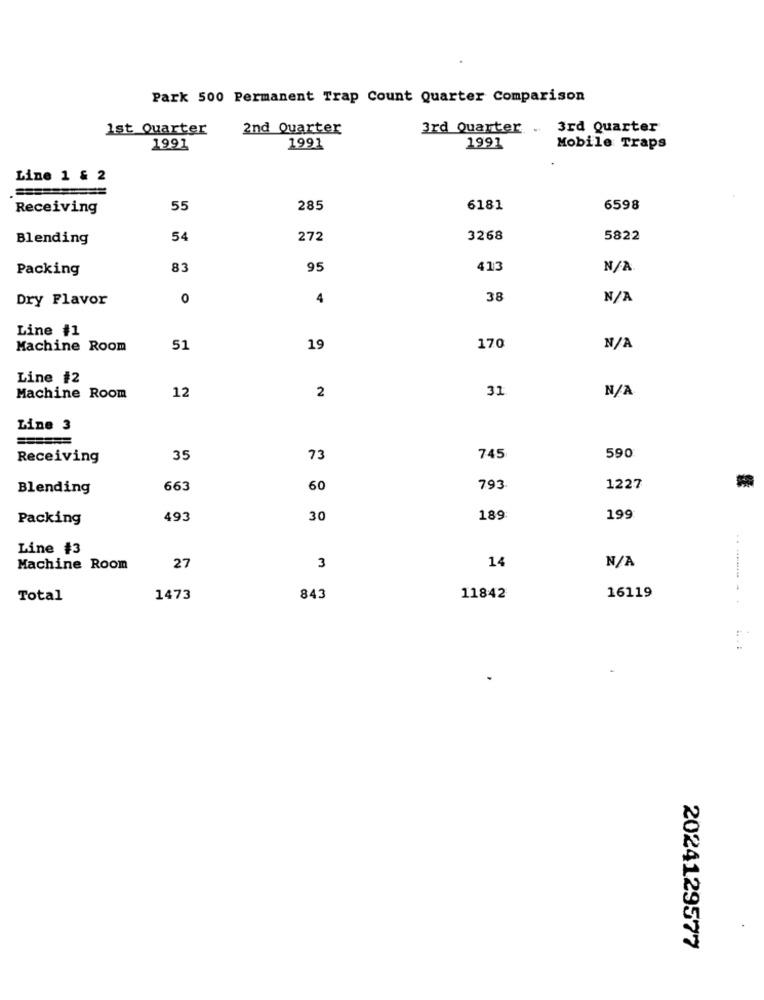
Park 500 Permanent Trap Count Quarter Comparison
1st Quarter
2nd Quarter
3rd Quarter.
3rd Quarter
1991
1991
1991
Mobile Traps
Line 1 & 2
Receiving
55
285
6181
6598
Blending
54
272
3268
5822
Packing
83
95
413
Dry Flavor
0
4
38
Line #1
Machine Room
51
19
170
Line #2
12
31
Machine Room
2
Line 3
Receiving
35
73
745
590
Blending
663
60
793
1227
Packing
493
30
189
199
Line #3
27
14
Machine Room
3
Total
1473
843
11842
16119
. :
2024129577